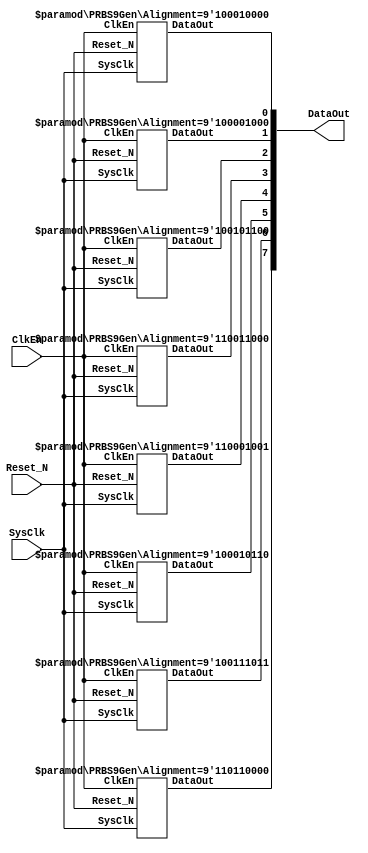

`timescale 1ns/1ps


///////////////////////////////////////////////////////////
/**********************************************************







 2019-6-28
V10

**********************************************************/

module PRBS9GenX8
(
	//System Signal
	SysClk,		//(I)System Clock
	Reset_N,	//(I)System Reset
	//Signal
	ClkEn		,	//(I)Clock Enable
	DataOut		//(O)Data Output
);

 	//Define  Parameter
	/////////////////////////////////////////////////////////
	parameter		TCo_C   		= 1;

	localparam	Alignment0 = 9'b1_000_100_00;	//1041X9+X5+1
	localparam	Alignment1 = 9'b1_000_010_00;	//1021
	localparam	Alignment2 = 9'b1_001_011_00; 	//1131
	localparam	Alignment3 = 9'b1_100_110_00;	//1461
	localparam	Alignment4 = 9'b1_100_010_01;	//1423
	localparam	Alignment5 = 9'b1_000_101_10; 	//1055
	localparam	Alignment6 = 9'b1_001_110_11; 	//1167
	localparam	Alignment7 = 9'b1_101_100_00;	//1541

	/////////////////////////////////////////////////////////

	//Define Port
	/////////////////////////////////////////////////////////
	//System Signal
	input 				SysClk;				// system Clock
	input					Reset_N;			// system Reset

	/////////////////////////////////////////////////////////
	// Signal Define
	input		  		ClkEn  ;
	output	[7:0]	DataOut;

	/////////////////////////////////////////////////////////


	//1111111111111111111111111111111111111111111111111111111

	/***************************************************
	
	
	***************************************************/
	wire	[7:0]  DataOut;

	PRBS9Gen	#	(	.Alignment (Alignment0))
	U0_PRBSGen
	(
		//System Signal
		.SysClk		(SysClk		),	//System Clock
		.Reset_N	(Reset_N	),	//System Reset
		//Signal
		.ClkEn		(ClkEn		),	//Clock Enable
		.DataOut	(DataOut[0])	//Data Output
	);

	PRBS9Gen	#	(	.Alignment (Alignment1))
	U1_PRBSGen
	(
		//System Signal
		.SysClk		(SysClk		),	//System Clock
		.Reset_N	(Reset_N	),	//System Reset
		//Signal
		.ClkEn		(ClkEn		),	//Clock Enable
		.DataOut	(DataOut[1])	//Data Output
	);

	PRBS9Gen	#	(	.Alignment (Alignment2))
	U2_PRBSGen
	(
		//System Signal
		.SysClk		(SysClk		),	//System Clock
		.Reset_N	(Reset_N	),	//System Reset
		//Signal
		.ClkEn		(ClkEn		),	//Clock Enable
		.DataOut	(DataOut[2])	//Data Output
	);

	PRBS9Gen	#	(	.Alignment (Alignment3))
	U3_PRBSGen
	(
		//System Signal
		.SysClk		(SysClk		),	//System Clock
		.Reset_N	(Reset_N	),	//System Reset
		//Signal
		.ClkEn		(ClkEn		),	//Clock Enable
		.DataOut	(DataOut[3])	//Data Output
	);

	PRBS9Gen	#	(	.Alignment (Alignment4))
	U4_PRBSGen
	(
		//System Signal
		.SysClk		(SysClk		),	//System Clock
		.Reset_N	(Reset_N	),	//System Reset
		//Signal
		.ClkEn		(ClkEn		),	//Clock Enable
		.DataOut	(DataOut[4])	//Data Output
	);

	PRBS9Gen	#	(	.Alignment (Alignment5))
	U5_PRBSGen
	(
		//System Signal
		.SysClk		(SysClk		),	//System Clock
		.Reset_N	(Reset_N	),	//System Reset
		//Signal
		.ClkEn		(ClkEn		),	//Clock Enable
		.DataOut	(DataOut[5])	//Data Output
	);

	PRBS9Gen	#	(	.Alignment (Alignment6))
	U6_PRBSGen
	(
		//System Signal
		.SysClk		(SysClk		),	//System Clock
		.Reset_N	(Reset_N	),	//System Reset
		//Signal
		.ClkEn		(ClkEn		),	//Clock Enable
		.DataOut	(DataOut[6])	//Data Output
	);

	PRBS9Gen	#	(	.Alignment (Alignment7))
	U7_PRBSGen
	(
		//System Signal
		.SysClk		(SysClk		),	//System Clock
		.Reset_N	(Reset_N	),	//System Reset
		//Signal
		.ClkEn		(ClkEn		),	//Clock Enable
		.DataOut	(DataOut[7])	//Data Output
	);

	//1111111111111111111111111111111111111111111111111111111




endmodule


///////////////////////////////////////////////////////////
/**********************************************************
	

	
	
	

	
	 2019-6-28
	V10
	
**********************************************************/

module PRBS9ChkX8
(
	//System Signal
	SysClk  ,		//(I)System Clock
	Reset_N ,		//(I)System Reset
	//Signal
	DataIn  ,		//(I)Data Input
	ClkEn   ,		//(I)Clock Enable
	Error   ,		//(O)Data Error
	Right				//(O)Data Right
);

 	//Define  Parameter
	/////////////////////////////////////////////////////////
	parameter		TCo_C   		= 1;

	parameter RightCntWidth_C = 20;

	localparam	Alignment0 = 9'b1_000_100_00;	//1041X9+X5+1
	localparam	Alignment1 = 9'b1_000_010_00;	//1021
	localparam	Alignment2 = 9'b1_001_011_00; //1131
	localparam	Alignment3 = 9'b1_100_110_00;	//1461
	localparam	Alignment4 = 9'b1_100_010_01;	//1423
	localparam	Alignment5 = 9'b1_000_101_10; //1055
	localparam	Alignment6 = 9'b1_001_110_11; //1167
	localparam	Alignment7 = 9'b1_101_100_00;	//1541

	/////////////////////////////////////////////////////////

	//Define Port
	/////////////////////////////////////////////////////////
	//System Signal
	input 				SysClk;				//
	input					Reset_N;			//

	/////////////////////////////////////////////////////////
	// Signal Define
	input	[7:0]	DataIn  ;	//(I)Data Input
	input				ClkEn   ;	//(I)Clock Enable
	output 			Error   ;	//(O)Data Error
	output 			Right		;	//(O)Data Right

	//1111111111111111111111111111111111111111111111111111111

	/***************************************************
	
	
	***************************************************/
	wire	[7:0]	RxError;
	wire	[7:0]	RxRight;

	PRBS9Chk # (.Alignment			(Alignment0),
							.RightCntWidth_C(RightCntWidth_C))
	U0_PRBS9Chk
	(
		//System Signal
		.SysClk  (SysClk  ),//(I)System Clock
		.Reset_N (Reset_N ),//(I)System Reset
		//Signal
		.DataIn	(DataIn[0]),	//(I)Data Input
		.ClkEn 	(ClkEn 	),	//(I)Clock Enable
		.Error 	(RxError[0]),	//(O)Data Error
		.Right	(RxRight[0]) 	//(O)Data Right
	);

	PRBS9Chk # (.Alignment			(Alignment1),
							.RightCntWidth_C(RightCntWidth_C))
	U1_PRBS9Chk
	(
		//System Signal
		.SysClk  (SysClk  ),//(I)System Clock
		.Reset_N (Reset_N ),//(I)System Reset
		//Signal
		.DataIn	(DataIn[1]),	//(I)Data Input
		.ClkEn 	(ClkEn 	),	//(I)Clock Enable
		.Error 	(RxError[1]),	//(O)Data Error
		.Right	(RxRight[1]) 	//(O)Data Right
	);
	PRBS9Chk # (.Alignment			(Alignment2),
							.RightCntWidth_C(RightCntWidth_C))
	U2_PRBS9Chk
	(
		//System Signal
		.SysClk  (SysClk  ),//(I)System Clock
		.Reset_N (Reset_N ),//(I)System Reset
		//Signal
		.DataIn	(DataIn[2]),	//(I)Data Input
		.ClkEn 	(ClkEn 	),	//(I)Clock Enable
		.Error 	(RxError[2]),	//(O)Data Error
		.Right	(RxRight[2]) 	//(O)Data Right
	);
	PRBS9Chk # (.Alignment			(Alignment3),
							.RightCntWidth_C(RightCntWidth_C))
	U3_PRBS9Chk
	(
		//System Signal
		.SysClk  (SysClk  ),//(I)System Clock
		.Reset_N (Reset_N ),//(I)System Reset
		//Signal
		.DataIn	(DataIn[3]),	//(I)Data Input
		.ClkEn 	(ClkEn 		),	//(I)Clock Enable
		.Error 	(RxError[3]),	//(O)Data Error
		.Right	(RxRight[3]) 	//(O)Data Right
	);
	PRBS9Chk # (.Alignment			(Alignment4),
							.RightCntWidth_C(RightCntWidth_C))
	U4_PRBS9Chk
	(
		//System Signal
		.SysClk  (SysClk  ),//(I)System Clock
		.Reset_N (Reset_N ),//(I)System Reset
		//Signal
		.DataIn	(DataIn[4]),	//(I)Data Input
		.ClkEn 	(ClkEn 	),	//(I)Clock Enable
		.Error 	(RxError[4]),	//(O)Data Error
		.Right	(RxRight[4]) 	//(O)Data Right
	);
	PRBS9Chk # (.Alignment			(Alignment5),
							.RightCntWidth_C(RightCntWidth_C))
	U5_PRBS9Chk
	(
		//System Signal
		.SysClk  (SysClk  ),//(I)System Clock
		.Reset_N (Reset_N ),//(I)System Reset
		//Signal
		.DataIn	(DataIn[5]),	//(I)Data Input
		.ClkEn 	(ClkEn 		),	//(I)Clock Enable
		.Error 	(RxError[5]),	//(O)Data Error
		.Right	(RxRight[5]) 	//(O)Data Right
	);
	PRBS9Chk # (.Alignment			(Alignment6),
							.RightCntWidth_C(RightCntWidth_C))
	U6_PRBS9Chk
	(
		//System Signal
		.SysClk  (SysClk  ),//(I)System Clock
		.Reset_N (Reset_N ),//(I)System Reset
		//Signal
		.DataIn	(DataIn[6]),	//(I)Data Input
		.ClkEn 	(ClkEn 		),	//(I)Clock Enable
		.Error 	(RxError[6]),	//(O)Data Error
		.Right	(RxRight[6]) 	//(O)Data Right
	);
	PRBS9Chk # (.Alignment			(Alignment7),
							.RightCntWidth_C(RightCntWidth_C))
	U7_PRBS9Chk
	(
		//System Signal
		.SysClk  (SysClk  ),//(I)System Clock
		.Reset_N (Reset_N ),//(I)System Reset
		//Signal
		.DataIn	(DataIn[7] ),	//(I)Data Input
		.ClkEn 	(ClkEn 	),	//(I)Clock Enable
		.Error 	(RxError[7]),	//(O)Data Error
		.Right	(RxRight[7]) 	//(O)Data Right
	);

	/***************************************************
	
	
	***************************************************/
	reg 	Error   ;	//(O)Data Error
	reg 	Right		;	//(O)Data Right

	always @( posedge SysClk or negedge Reset_N)
	begin
		if (!Reset_N)
		begin
			Error   <= # TCo_C 1'h0;
			Right		<= # TCo_C 1'h0;
		end
		else
		begin
			Error   <= # TCo_C |RxError;
			Right		<= # TCo_C &RxRight;
		end
	end

	//1111111111111111111111111111111111111111111111111111111



endmodule


///////////////////////////////////////////////////////////
/**********************************************************
	

	
	
	

	
	 2019-6-28
	V10
	
**********************************************************/

module PRBS9GenX4
(
	//System Signal
	SysClk,		//(I)System Clock
	Reset_N,	//(I)System Reset
	//Signal
	ClkEn		,	//(I)Clock Enable
	DataOut		//(O)Data Output
);

 	//Define  Parameter
	/////////////////////////////////////////////////////////
	parameter		TCo_C   		= 1;

	localparam	Alignment0 = 9'b1_000_100_00;	//1041X9+X5+1
	localparam	Alignment1 = 9'b1_000_010_00;	//1021
	localparam	Alignment2 = 9'b1_001_011_00; 	//1131
	localparam	Alignment3 = 9'b1_100_110_00;	//1461
//	localparam	Alignment4 = 9'b1_100_010_01;	//1423
//	localparam	Alignment5 = 9'b1_000_101_10; 	//1055
//	localparam	Alignment6 = 9'b1_001_110_11; 	//1167
//	localparam	Alignment7 = 9'b1_101_100_00;	//1541

	/////////////////////////////////////////////////////////

	//Define Port
	/////////////////////////////////////////////////////////
	//System Signal
	input 				SysClk;				//
	input					Reset_N;			//

	/////////////////////////////////////////////////////////
	// Signal Define
	input		  		ClkEn  ;
	output	[3:0]	DataOut;

	/////////////////////////////////////////////////////////


	//1111111111111111111111111111111111111111111111111111111

	/***************************************************
	
	
	***************************************************/
	wire	[3:0]  DataOut;

	PRBS9Gen	#	(	.Alignment (Alignment0))
	U0_PRBSGen
	(
		//System Signal
		.SysClk		(SysClk		),	//System Clock
		.Reset_N	(Reset_N	),	//System Reset
		//Signal
		.ClkEn		(ClkEn		),	//Clock Enable
		.DataOut	(DataOut[0])	//Data Output
	);

	PRBS9Gen	#	(	.Alignment (Alignment1))
	U1_PRBSGen
	(
		//System Signal
		.SysClk		(SysClk		),	//System Clock
		.Reset_N	(Reset_N	),	//System Reset
		//Signal
		.ClkEn		(ClkEn		),	//Clock Enable
		.DataOut	(DataOut[1])	//Data Output
	);

	PRBS9Gen	#	(	.Alignment (Alignment2))
	U2_PRBSGen
	(
		//System Signal
		.SysClk		(SysClk		),	//System Clock
		.Reset_N	(Reset_N	),	//System Reset
		//Signal
		.ClkEn		(ClkEn		),	//Clock Enable
		.DataOut	(DataOut[2])	//Data Output
	);

	PRBS9Gen	#	(	.Alignment (Alignment3))
	U3_PRBSGen
	(
		//System Signal
		.SysClk		(SysClk		),	//System Clock
		.Reset_N	(Reset_N	),	//System Reset
		//Signal
		.ClkEn		(ClkEn		),	//Clock Enable
		.DataOut	(DataOut[3])	//Data Output
	);

	//1111111111111111111111111111111111111111111111111111111




endmodule


///////////////////////////////////////////////////////////
/**********************************************************
	

	
	
	

	
	 2019-6-28
	V10
	
**********************************************************/

module PRBS9ChkX4
(
	//System Signal
	SysClk  ,		//(I)System Clock
	Reset_N ,		//(I)System Reset
	//Signal
	DataIn  ,		//(I)Data Input
	ClkEn   ,		//(I)Clock Enable
	Error   ,		//(O)Data Error
	Right				//(O)Data Right
);

 	//Define  Parameter
	/////////////////////////////////////////////////////////
	parameter		TCo_C   		= 1;

	parameter RightCntWidth_C = 20;

	localparam	Alignment0 = 9'b1_000_100_00;	//1041X9+X5+1
	localparam	Alignment1 = 9'b1_000_010_00;	//1021
	localparam	Alignment2 = 9'b1_001_011_00; //1131
	localparam	Alignment3 = 9'b1_100_110_00;	//1461
//	localparam	Alignment4 = 9'b1_100_010_01;	//1423
//	localparam	Alignment5 = 9'b1_000_101_10; //1055
//	localparam	Alignment6 = 9'b1_001_110_11; //1167
//	localparam	Alignment7 = 9'b1_101_100_00;	//1541

	/////////////////////////////////////////////////////////

	//Define Port
	/////////////////////////////////////////////////////////
	//System Signal
	input 				SysClk;				//
	input					Reset_N;			//

	/////////////////////////////////////////////////////////
	// Signal Define
	input	[3:0]	DataIn  ;	//(I)Data Input
	input				ClkEn   ;	//(I)Clock Enable
	output 			Error   ;	//(O)Data Error
	output 			Right		;	//(O)Data Right

	//1111111111111111111111111111111111111111111111111111111

	/***************************************************
	
	
	***************************************************/
	wire	[3:0]	RxError;
	wire	[3:0]	RxRight;

	PRBS9Chk # (.Alignment			(Alignment0),
							.RightCntWidth_C(RightCntWidth_C))
	U0_PRBS9Chk
	(
		//System Signal
		.SysClk  (SysClk  ),//(I)System Clock
		.Reset_N (Reset_N ),//(I)System Reset
		//Signal
		.DataIn	(DataIn[0]),	//(I)Data Input
		.ClkEn 	(ClkEn 	),	//(I)Clock Enable
		.Error 	(RxError[0]),	//(O)Data Error
		.Right	(RxRight[0]) 	//(O)Data Right
	);

	PRBS9Chk # (.Alignment			(Alignment1),
							.RightCntWidth_C(RightCntWidth_C))
	U1_PRBS9Chk
	(
		//System Signal
		.SysClk  (SysClk  ),//(I)System Clock
		.Reset_N (Reset_N ),//(I)System Reset
		//Signal
		.DataIn	(DataIn[1]),	//(I)Data Input
		.ClkEn 	(ClkEn 	),	//(I)Clock Enable
		.Error 	(RxError[1]),	//(O)Data Error
		.Right	(RxRight[1]) 	//(O)Data Right
	);
	PRBS9Chk # (.Alignment			(Alignment2),
							.RightCntWidth_C(RightCntWidth_C))
	U2_PRBS9Chk
	(
		//System Signal
		.SysClk  (SysClk  ),//(I)System Clock
		.Reset_N (Reset_N ),//(I)System Reset
		//Signal
		.DataIn	(DataIn[2]),	//(I)Data Input
		.ClkEn 	(ClkEn 	),	//(I)Clock Enable
		.Error 	(RxError[2]),	//(O)Data Error
		.Right	(RxRight[2]) 	//(O)Data Right
	);
	PRBS9Chk # (.Alignment			(Alignment3),
							.RightCntWidth_C(RightCntWidth_C))
	U3_PRBS9Chk
	(
		//System Signal
		.SysClk  (SysClk  ),//(I)System Clock
		.Reset_N (Reset_N ),//(I)System Reset
		//Signal
		.DataIn	(DataIn[3]),	//(I)Data Input
		.ClkEn 	(ClkEn 		),	//(I)Clock Enable
		.Error 	(RxError[3]),	//(O)Data Error
		.Right	(RxRight[3]) 	//(O)Data Right
	);

	/***************************************************
	
	
	***************************************************/
	reg 	Error   ;	//(O)Data Error
	reg 	Right		;	//(O)Data Right

	always @( posedge SysClk or negedge Reset_N)
	begin
		if (!Reset_N)
		begin
			Error   <= # TCo_C 1'h0;
			Right		<= # TCo_C 1'h0;
		end
		else
		begin
			Error   <= # TCo_C |RxError;
			Right		<= # TCo_C &RxRight;
		end
	end

	//1111111111111111111111111111111111111111111111111111111



endmodule








///////////////////////////////////////////////////////////
/**********************************************************



  1SysClk, Reset_N
  2
  3
  4ClkEn
  5
  6

  1DataOut
  2
  3
  4

**********************************************************/
module PRBS9Gen
(
	//System Signal
	SysClk	,	//System Clock
	Reset_N	,	//System Reset
	//Signal
	ClkEn		,	//Clock Enable
	DataOut		//Data Output
);

	parameter  TCo_C = 1;
	parameter	 Alignment = 9'b1_000_100_00;	//1041X9+X5+1

/*
	parameter		Alignment = 9'b1_000_010_00;	//1021
	parameter		Alignment = 9'b1_001_011_00; 	//1131
	parameter		Alignment = 9'b1_100_110_00;	//1461
	parameter		Alignment = 9'b1_100_010_01;	//1423
	parameter		Alignment = 9'b1_000_101_10; 	//1055
	parameter		Alignment = 9'b1_001_110_11; 	//1167
	parameter		Alignment = 9'b1_101_100_00;	//1541
	parameter		Alignment = 9'b1_011_011_01; 	//1333
	parameter		Alignment = 9'b1_110_000_10;	//1605
	parameter		Alignment = 9'b1_010_011_00; 	//1231
	parameter		Alignment = 9'b1_000_010_11; 	//1027
*/
	input		  SysClk ;
	input		  Reset_N;
	input		  ClkEn  ;
	output		DataOut;

	reg	[8:0]	PRBSSft;

  /***************************************************
  SysClk,Reset_N,ClkEn
	DataOut
	
	
	
	***************************************************/
	wire	[8:0]	PRBSAlignment;
	wire    		PRBSIn       ;
	wire			  DataOut      ;

	assign  # TCo_C	PRBSAlignment = PRBSSft & Alignment;
	assign  # TCo_C PRBSIn = 	PRBSAlignment[0] ^ PRBSAlignment[1]
								^	PRBSAlignment[2] ^ PRBSAlignment[3]
								^	PRBSAlignment[4] ^ PRBSAlignment[5]
								^	PRBSAlignment[6] ^ PRBSAlignment[7]
								^	PRBSAlignment[8];

	always @ (posedge SysClk or negedge Reset_N)
	begin
		if ( ! Reset_N)
		begin
			PRBSSft	<= # TCo_C 9'h0;
		end
		else if (ClkEn)
		begin
			if (|PRBSSft)
			begin
				PRBSSft[8]	<= # TCo_C PRBSSft[7];
				PRBSSft[7]	<= # TCo_C PRBSSft[6];
				PRBSSft[6]	<= # TCo_C PRBSSft[5];
				PRBSSft[5]	<= # TCo_C PRBSSft[4];
				PRBSSft[4]	<= # TCo_C PRBSSft[3];
				PRBSSft[3]	<= # TCo_C PRBSSft[2];
				PRBSSft[2]	<= # TCo_C PRBSSft[1];
				PRBSSft[1]	<= # TCo_C PRBSSft[0];
				PRBSSft[0]	<= # TCo_C PRBSIn ;
			end
			else
			begin
				PRBSSft	<= # TCo_C Alignment;
			end
		end
	end

	assign # TCo_C DataOut = PRBSSft[8];

endmodule






///////////////////////////////////////////////////////////
/**********************************************************



  1SysClk, Reset_N
  2
  3DataIn
  4ClkEn
  5
  6

  1
  2Error,Right
  3
  4

**********************************************************/

module PRBS9Chk
(
	//System Signal
	SysClk  ,
	Reset_N ,
	//Signal
	DataIn  ,
	ClkEn   ,
	Error    ,
	Right
);

	parameter	 	TCo_C = 1;

	parameter RightCntWidth_C = 20;

	localparam 	RCW_C = RightCntWidth_C;

	parameter		Alignment = 9'b1_000_100_00;	//1041X9+X5+1

/*parameter		Alignment = 9'b1_000_010_00;	//1021
	parameter		Alignment = 9'b1_001_011_00; 	//1131
	parameter		Alignment = 9'b1_100_110_00;	//1461
	parameter		Alignment = 9'b1_100_010_01;	//1423
	parameter		Alignment = 9'b1_000_101_10; 	//1055
	parameter		Alignment = 9'b1_001_110_11; 	//1167
	parameter		Alignment = 9'b1_101_100_00;	//1541
	parameter		Alignment = 9'b1_011_011_01; 	//1333
	parameter		Alignment = 9'b1_110_000_10;	//1605
	parameter		Alignment = 9'b1_010_011_00; 	//1231
	parameter		Alignment = 9'b1_000_010_11; 	//1027
*/

	input		SysClk	;
	input		Reset_N	;

	input		DataIn;
	input		ClkEn	;

	output	Error	;
	output	Right	;

	/***************************************************
  	SysClk,Reset_N,ClkEn
		DataShift[8:0]
		
	
	
	***************************************************/
	reg	[8:0]	DataShift;

	always @ (posedge SysClk or negedge Reset_N)
	begin
		if ( ! Reset_N)
		begin
			DataShift	<= # TCo_C 0;
		end
		else if (ClkEn)
		begin
			DataShift[8]	<= # TCo_C DataShift[7];
			DataShift[7]	<= # TCo_C DataShift[6];
			DataShift[6]	<= # TCo_C DataShift[5];
			DataShift[5]	<= # TCo_C DataShift[4];
			DataShift[4]	<= # TCo_C DataShift[3];
			DataShift[3]	<= # TCo_C DataShift[2];
			DataShift[2]	<= # TCo_C DataShift[1];
			DataShift[1]	<= # TCo_C DataShift[0];
			DataShift[0]	<= # TCo_C DataIn;
		end
	end

	/***************************************************
  	SysClk,Reset_N,ClkEn,DataShift
		PRBSShift[8:0]
		
	
	
	***************************************************/
	wire	[8:0]	PRBSAlignment;
	reg		[8:0]	PRBSShift;
	wire    		PRBSIn;

	assign  # TCo_C	PRBSAlignment = PRBSShift & Alignment;
	assign  # TCo_C PRBSIn = 	PRBSAlignment[0] ^ PRBSAlignment[1]
													^	PRBSAlignment[2] ^ PRBSAlignment[3]
													^	PRBSAlignment[4] ^ PRBSAlignment[5]
													^	PRBSAlignment[6] ^ PRBSAlignment[7]
													^	PRBSAlignment[8];

	always @ (posedge SysClk or negedge Reset_N)
	begin
		if ( ! Reset_N)
		begin
			PRBSShift	<= # TCo_C 9'h0;
		end
		else
		begin
			if (ClkEn)
			begin
				if (DataShift != PRBSShift)
				begin
					PRBSShift[8:1]	<= # TCo_C DataShift[7:0];
					PRBSShift[0]		<=	# TCo_C DataIn;
				end
				else if (|PRBSShift)
				begin
					PRBSShift[8]	<= # TCo_C PRBSShift[7];
					PRBSShift[7]	<= # TCo_C PRBSShift[6];
					PRBSShift[6]	<= # TCo_C PRBSShift[5];
					PRBSShift[5]	<= # TCo_C PRBSShift[4];
					PRBSShift[4]	<= # TCo_C PRBSShift[3];
					PRBSShift[3]	<= # TCo_C PRBSShift[2];
					PRBSShift[2]	<= # TCo_C PRBSShift[1];
					PRBSShift[1]	<= # TCo_C PRBSShift[0];
					PRBSShift[0]	<= # TCo_C PRBSIn ;
				end
				else
				begin
					PRBSShift	<= # TCo_C Alignment;
				end
			end
		end
	end

	/***************************************************
  	SysClk,Reset_N,ClkEn,DataShift,PRBSShift[8:0]
		Error
		
		Err
	
	***************************************************/
	reg			Error;

	always @ (posedge SysClk or negedge Reset_N)
	begin
		if ( ! Reset_N)		Error	<= # TCo_C 1'h1;
		else							Error <= # TCo_C  DataShift != PRBSShift;
	end

  /***************************************************
  	SysClk,Reset_N,ClkEn,Error
		RightCnt
		
	
		
	***************************************************/
	reg	 [RCW_C-1:0]	RightCnt;
	reg	 Right;

	always @ (posedge SysClk or negedge Reset_N)
	begin
		if ( ! Reset_N)
		begin
			RightCnt 	<= # TCo_C 	{RCW_C{1'h0}};
			Right			<= # TCo_C 	1'h0;
		end
		else	if (ClkEn)
		begin
			if (Error)						RightCnt <= # TCo_C {RCW_C{1'h0}};
			else if (~&RightCnt)	RightCnt <= # TCo_C RightCnt + 	{{RCW_C-1{1'h0}},1'h1};

			Right			<= # TCo_C 	& RightCnt;
		end
	end

endmodule